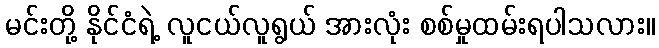
မင်းတို့ နိုင်ငံရဲ့ လူငယ်လူရွယ် အားလုံး စစ်မှုထမ်းရပါသလား။